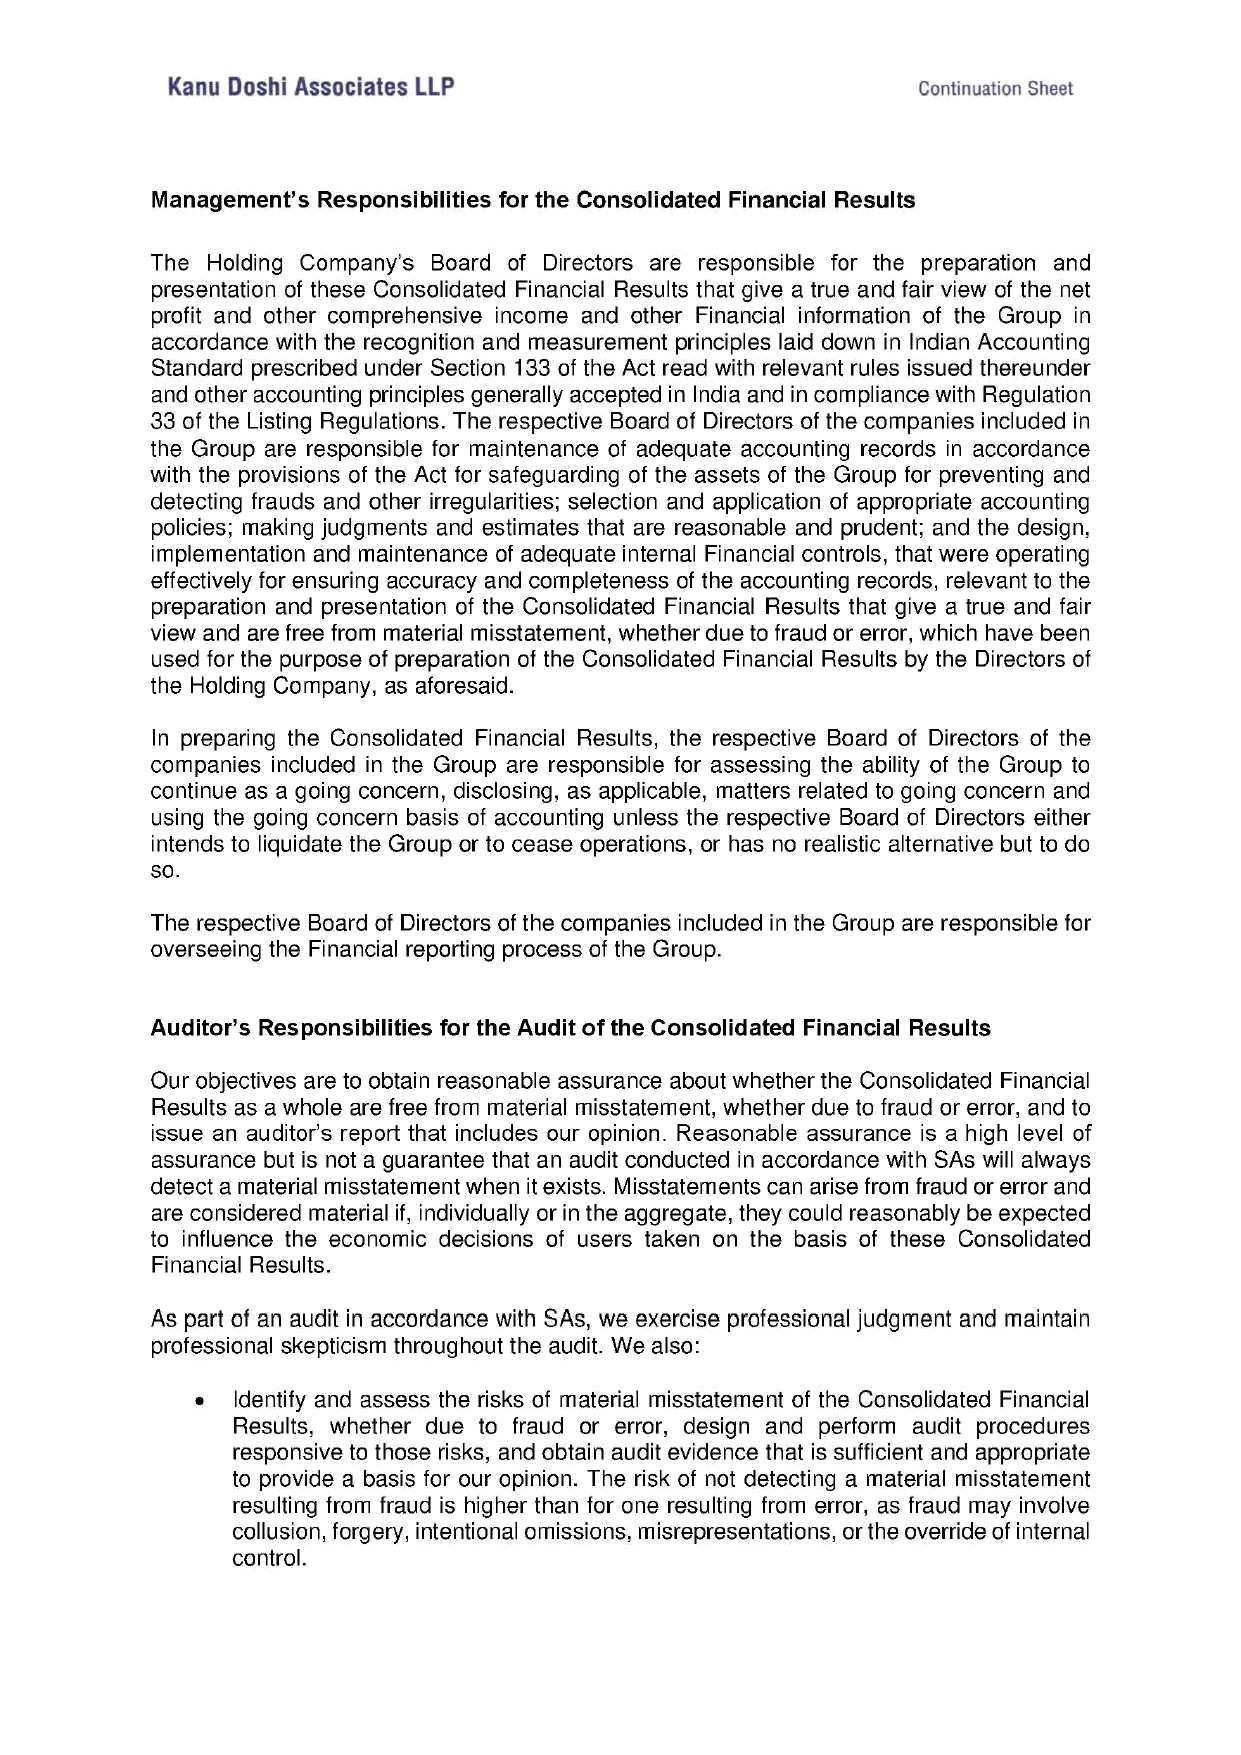
Kanu Doshi Associates LLP                         Continuation Sheet
 Management’s Responsibilities for the Consolidated Financial Results
 The Holding Company’s Board of Directors are responsible for the preparation and
 presentation of these Consolidated Financial Results that give a true and fair view of the net
 profit and other comprehensive income and other Financial information of the Group in
 accordance with the recognition and measurement principles laid down in Indian Accounting
 Standard prescribed under Section 133 of the Act read with relevant rules issued thereunder
 and other accounting principles generally accepted in India and in compliance with Regulation
 33 of the Listing Regulations. The respective Board of Directors of the companies included in
 the Group are responsible for maintenance of adequate accounting records in accordance
 with the provisions of the Act for safeguarding of the assets of the Group for preventing and
 detecting frauds and other irregularities; selection and application of appropriate accounting
 policies; making judgments and estimates that are reasonable and prudent; and the design,
 implementation and maintenance of adequate internal Financial controls, that were operating
 effectively for ensuring accuracy and completeness of the accounting records, relevant to the
 preparation and presentation of the Consolidated Financial Results that give a true and fair
 view and are free from material misstatement, whether due to fraud or error, which have been
 used for the purpose of preparation of the Consolidated Financial Results by the Directors of
 the Holding Company, as aforesaid.
 In preparing the Consolidated Financial Results, the respective Board of Directors of the
 companies included in the Group are responsible for assessing the ability of the Group to
 continue as a going concern, disclosing, as applicable, matters related to going concern and
 using the going concern basis of accounting unless the respective Board of Directors either
 intends to liquidate the Group or to cease operations, or has no realistic alternative but to do
 so.
 The respective Board of Directors of the companies included in the Group are responsible for
 overseeing the Financial reporting process of the Group.
 Auditor’s Responsibilities for the Audit of the Consolidated Financial Results
 Our objectives are to obtain reasonable assurance about whether the Consolidated Financial
 Results as a whole are free from material misstatement, whether due to fraud or error, and to
 issue an auditor’s report that includes our opinion. Reasonable assurance is a high level of
 assurance but is not a guarantee that an audit conducted in accordance with SAs will always
 detect a material misstatement when it exists. Misstatements can arise from fraud or error and
 are considered material if, individually or in the aggregate, they could reasonably be expected
 to influence the economic decisions of users taken on the basis of these Consolidated
 Financial Results.
 As part of an audit in accordance with SAs, we exercise professional judgment and maintain
 professional skepticism throughout the audit. We also:
 e  Identify and assess the risks of material misstatement of the Consolidated Financial
 Results, whether due to fraud or error, design and perform audit procedures
 responsive to those risks, and obtain audit evidence that is sufficient and appropriate
 to provide a basis for our opinion. The risk of not detecting a material misstatement
 resulting from fraud is higher than for one resulting from error, as fraud may involve
 collusion, forgery, intentional omissions, misrepresentations, or the override of internal
 control.